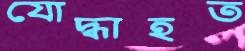
যোদ্ধাহত